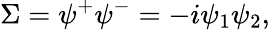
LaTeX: \Sigma=\psi^{+}\psi^{-}=-i\psi_{1}\psi_{2},